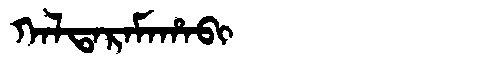
Manchu: ᡴᠠᠯᡨᠠᡵᠠᠮᠠᡥᠠᠪᡳ
Romanization: KALTARAMAHABI